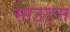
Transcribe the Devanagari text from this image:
माउटन